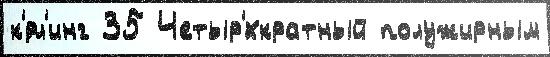
к'́рл'инг 35 Четыр'́хкратный полужирным